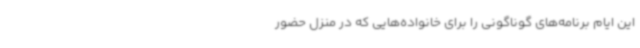
این ایام برنامه‌های گوناگونی را برای خانواده‌هایی که در منزل حضور